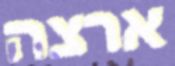
ארצה